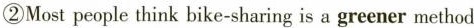
②Most people think bike-sharing is a greener method